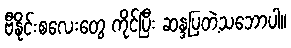
ဗီနိုင်းစလေးတွေ ကိုင်ပြီး ဆန္ဒပြတဲ့သဘောပါ။